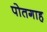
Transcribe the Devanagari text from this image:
पोतगाह